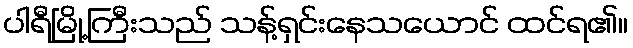
ပါရီမြို့ကြီးသည် သန့်ရှင်းနေသယောင် ထင်ရ၏။